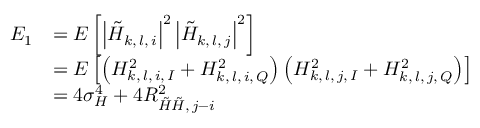
\begin{array} { r l } { E _ { 1 } } & { = E \left[ \left| \tilde { H } _ { k , \, l , \, i } \right| ^ { 2 } \left| \tilde { H } _ { k , \, l , \, j } \right| ^ { 2 } \right] } \\ & { = E \left[ \left( H _ { k , \, l , \, i , \, I } ^ { 2 } + H _ { k , \, l , \, i , \, Q } ^ { 2 } \right) \left( H _ { k , \, l , \, j , \, I } ^ { 2 } + H _ { k , \, l , \, j , \, Q } ^ { 2 } \right) \right] } \\ & { = 4 \sigma _ { H } ^ { 4 } + 4 R _ { \tilde { H } \tilde { H } , \, j - i } ^ { 2 } } \end{array}